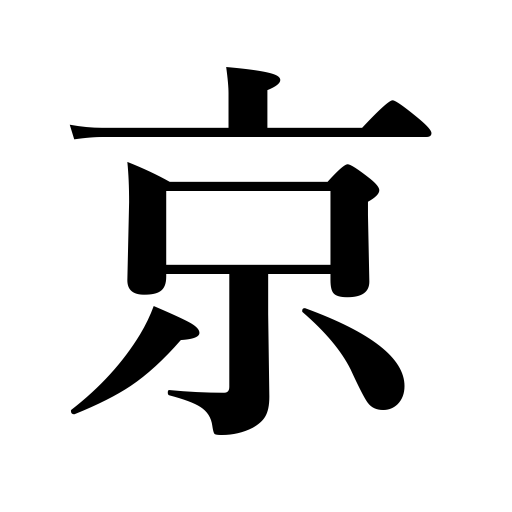
Meanings: Kyoto,metropolis,ten quadrillion,captital